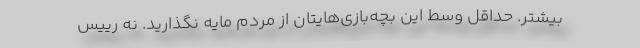
بیشتر. حداقل وسط این بچه‌بازی‌هایتان از مردم مایه نگذارید. نه رییس